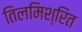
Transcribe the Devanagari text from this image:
तिलमिश्रित